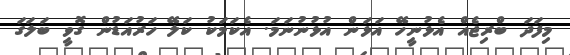
މިފަދަ ބްރިޖެއް އެޅުނީހޭ އަޅަން އުޅުނުނަމަ. އެކަމަކު ކަލޭ ހަރުއަޑުން ގޮވީ ބަލަގަ